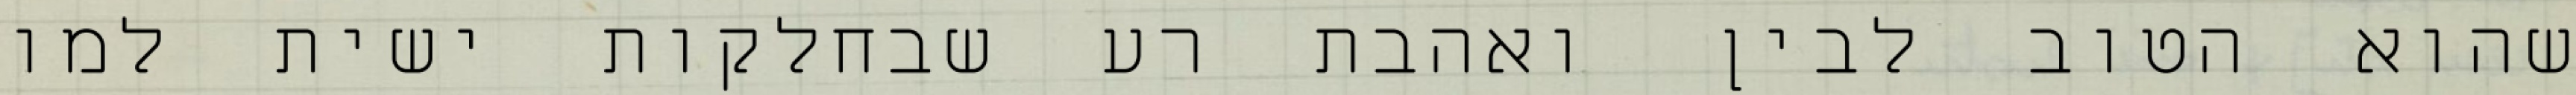
שהוא הטוב לבין ואהבת רע שבחלקות ישית למו